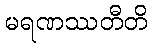
မရဏဿတီတိ